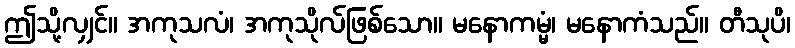
ဤသို့လျှင်။ အကုသလံ၊ အကုသိုလ်ဖြစ်သော။ မနောကမ္မံ၊ မနောကံသည်။ တီသုပိ၊